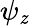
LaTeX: \psi_{\mathit{z}}